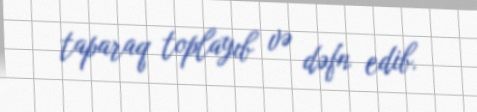
taparaq toplayıb və dəfn edib.